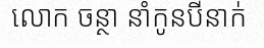
លោក ចន្ថា នាំកូនបីនាក់